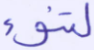
لتنوء